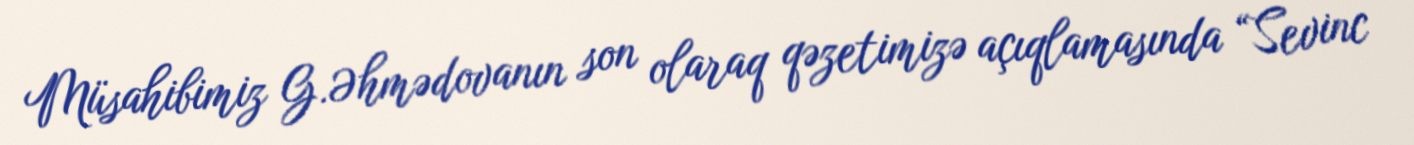
Müsahibimiz G.Əhmədovanın son olaraq qəzetimizə açıqlamasında “Sevinc